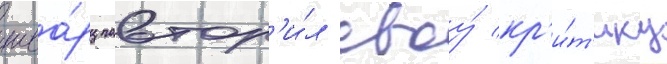
шва́рц повтор'и́л своу́ кр'и́т'ику